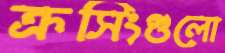
ক্রসিংগুলো